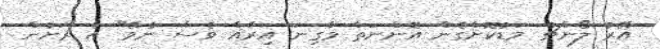
އޭރު ލޯންޗު މަޑުކޮށްގެން އޮންނަތާ މާގިނަ އިރެއް ވެސް ނުވޭ" އެ ރަށުން